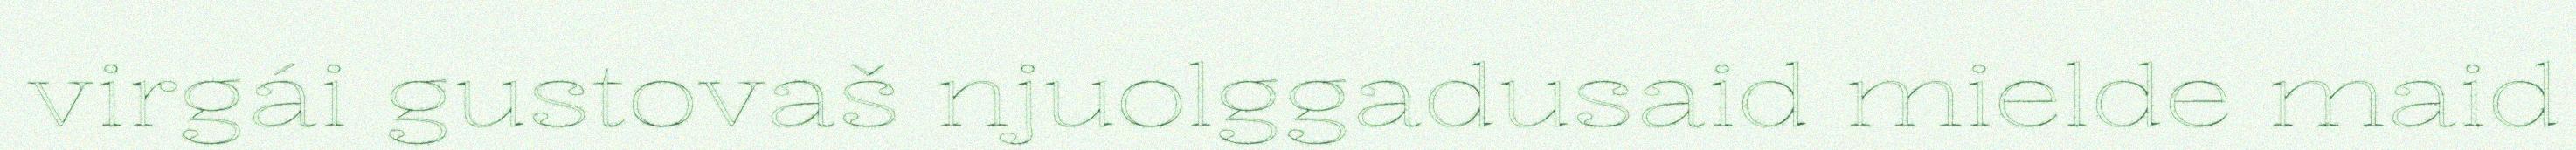
virgái gustovaš njuolggadusaid mielde maid